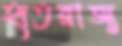
হৃতরাজ্য